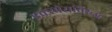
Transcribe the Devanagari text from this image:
एक्स्प्रेसविरुद्ध